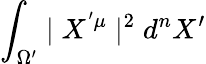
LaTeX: \int_{\Omega^{\prime}}\mid X^{'\mu}\mid^{2}d^{n}X^{\prime}